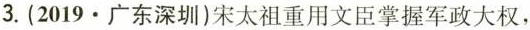
3.(2019广东\cdot 深圳)宋太祖重用文臣掌握军政大权，